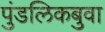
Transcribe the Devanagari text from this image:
पुंडलिकबुवा